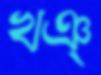
খঞ্